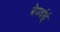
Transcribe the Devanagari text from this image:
बेपर्वाई